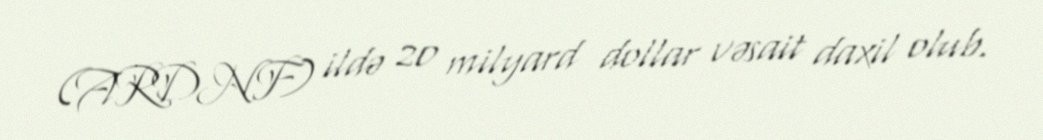
(ARDNF) ildə 20 milyard dollar vəsait daxil olub.